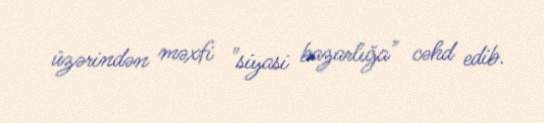
üzərindən məxfi "siyasi bazarlığa" cəhd edib.